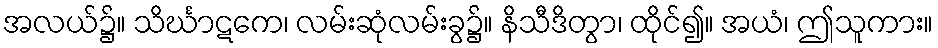
အလယ်၌။ သိင်္ဃာဋကေ၊ လမ်းဆုံလမ်းခွ၌။ နိသီဒိတွာ၊ ထိုင်၍။ အယံ၊ ဤသူကား။